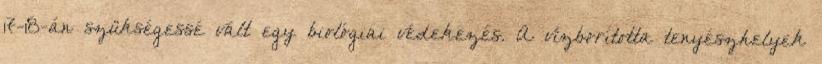
17-18-án szükségessé vált egy biológiai védekezés. A vízborította tenyészhelyek